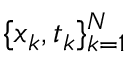
\{ x _ { k } , t _ { k } \} _ { k = 1 } ^ { N }